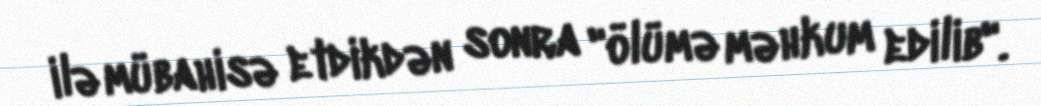
ilə mübahisə etdikdən sonra "ölümə məhkum edilib".